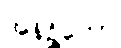
အနိဉ္ဇိတော